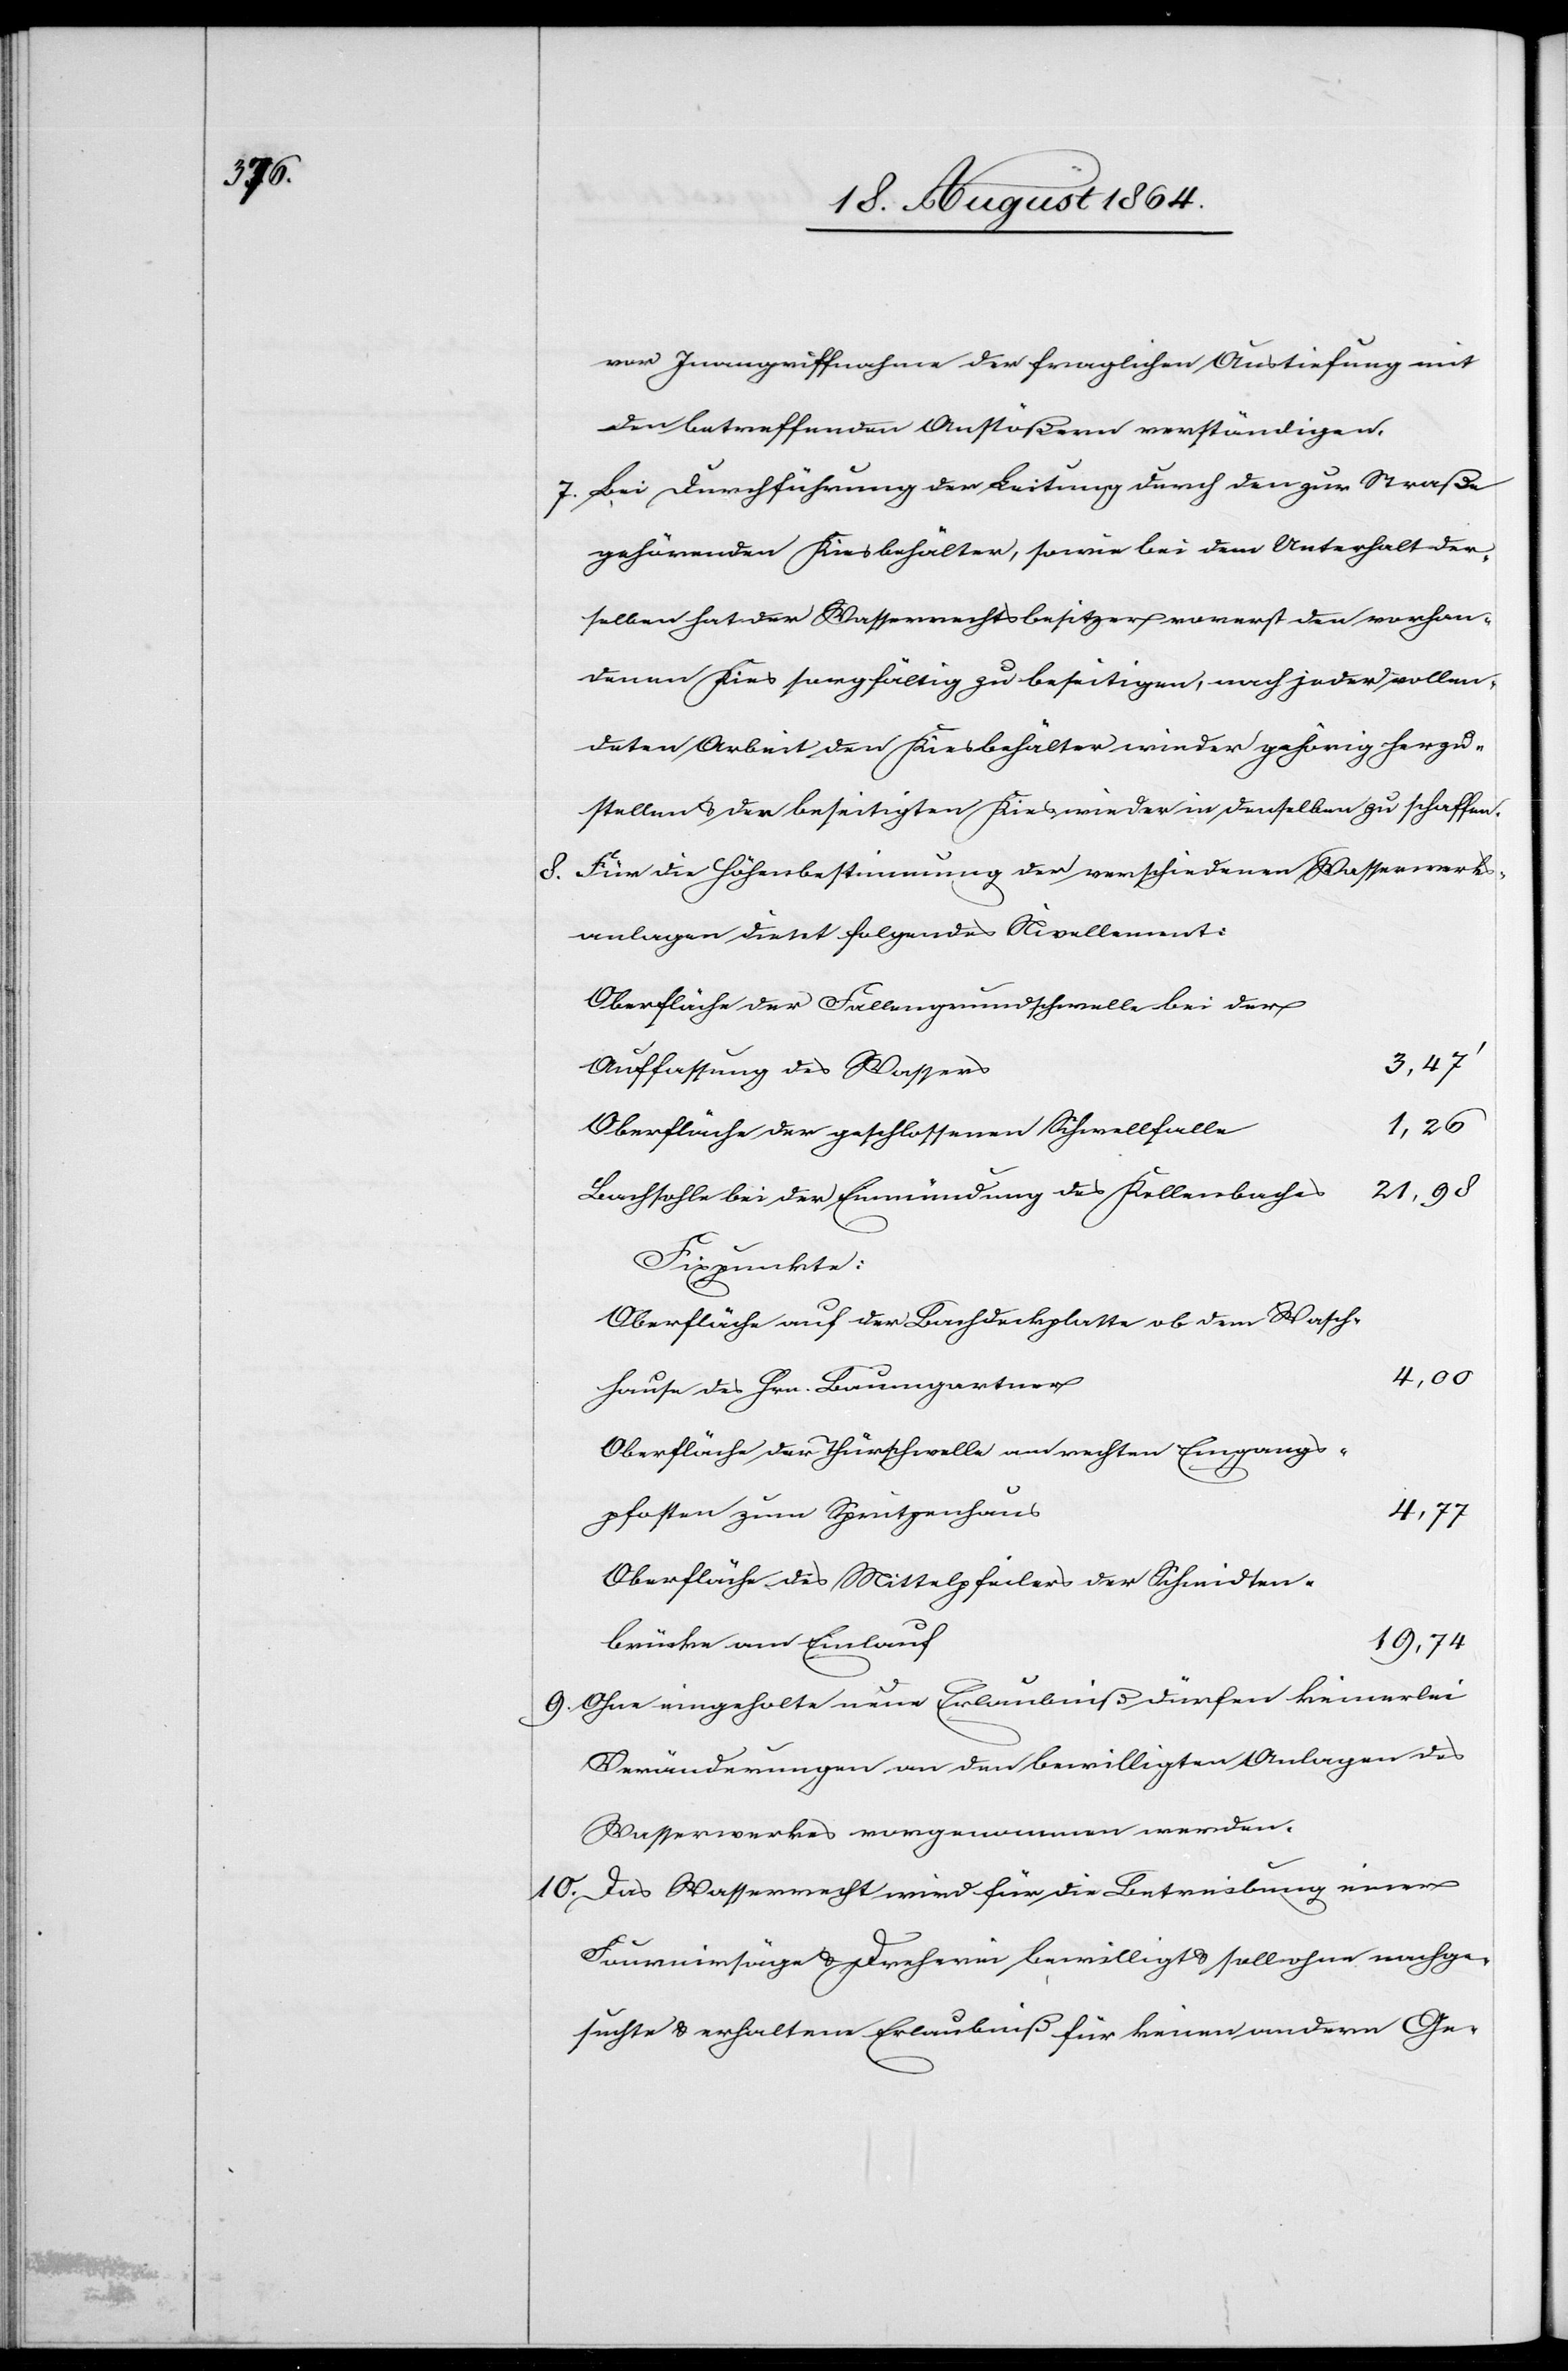
e	1,26

zu

r	4,00

vor Inangriffnahme der fraglichen Austiefung mit
den betreffenden Anstößern verständigen.
7. 	Bei Durchführung der Leitung durch den zur Straße
gehörenden Kiesbehälter, sowie bei dem Unterhalt der¬
selben hat der Wasserrechtsbesitzer den vorhandenen Kies sorg¬
deten Arbeit den Kiesbehälter wieder gehörig herzu¬
8. 	Für die Höhenbestimmung der verschiedenen Wasserwerks¬
anlagen dient folgendes Nivellement:
Oberfläche der Fallengrundschwelle bei der
Auffassung des Wasser¬
Oberfläche der geschlossenen Schwellfall¬
Bachsohle bei der Einmündung des Kellenbache¬
Fixpunkte:
Oberfläche der Bachdeckblatte ob dem Wasch¬
hause des Hrn. Baumgartne¬
Oberfläche der Thürschwelle am rechten Eingangs¬
pfosten zum Spritzenhau¬
s	4,77
Oberfläche des Mittelpfeilers der Schmidten¬
brücke am Einlau¬
f	19,74
9.	Ohne eingeholte neue Erlaubniß dürfen keinerlei
Veränderungen an den bewilligten Anlagen des
Wasserwerkes vorgenommen werden.
10.	Das Wasserrecht wird für die Betreibung einer
Furnirsäge & Dreherei bewilligt & soll ohne nachge¬
suchte & erhaltene Erlaubniß für keinen andern Ge-